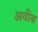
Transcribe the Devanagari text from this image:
अवीब